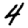
Digit: 4